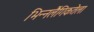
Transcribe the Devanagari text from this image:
भिन्नलैंगिकतेला